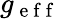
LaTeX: g_{\mathrm{~e~f~f~}}